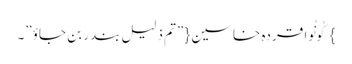
} کُونُوا قردہ خاسین{ ”تم ذلیل بندر بن جاوٴ”۔